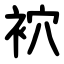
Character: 袕